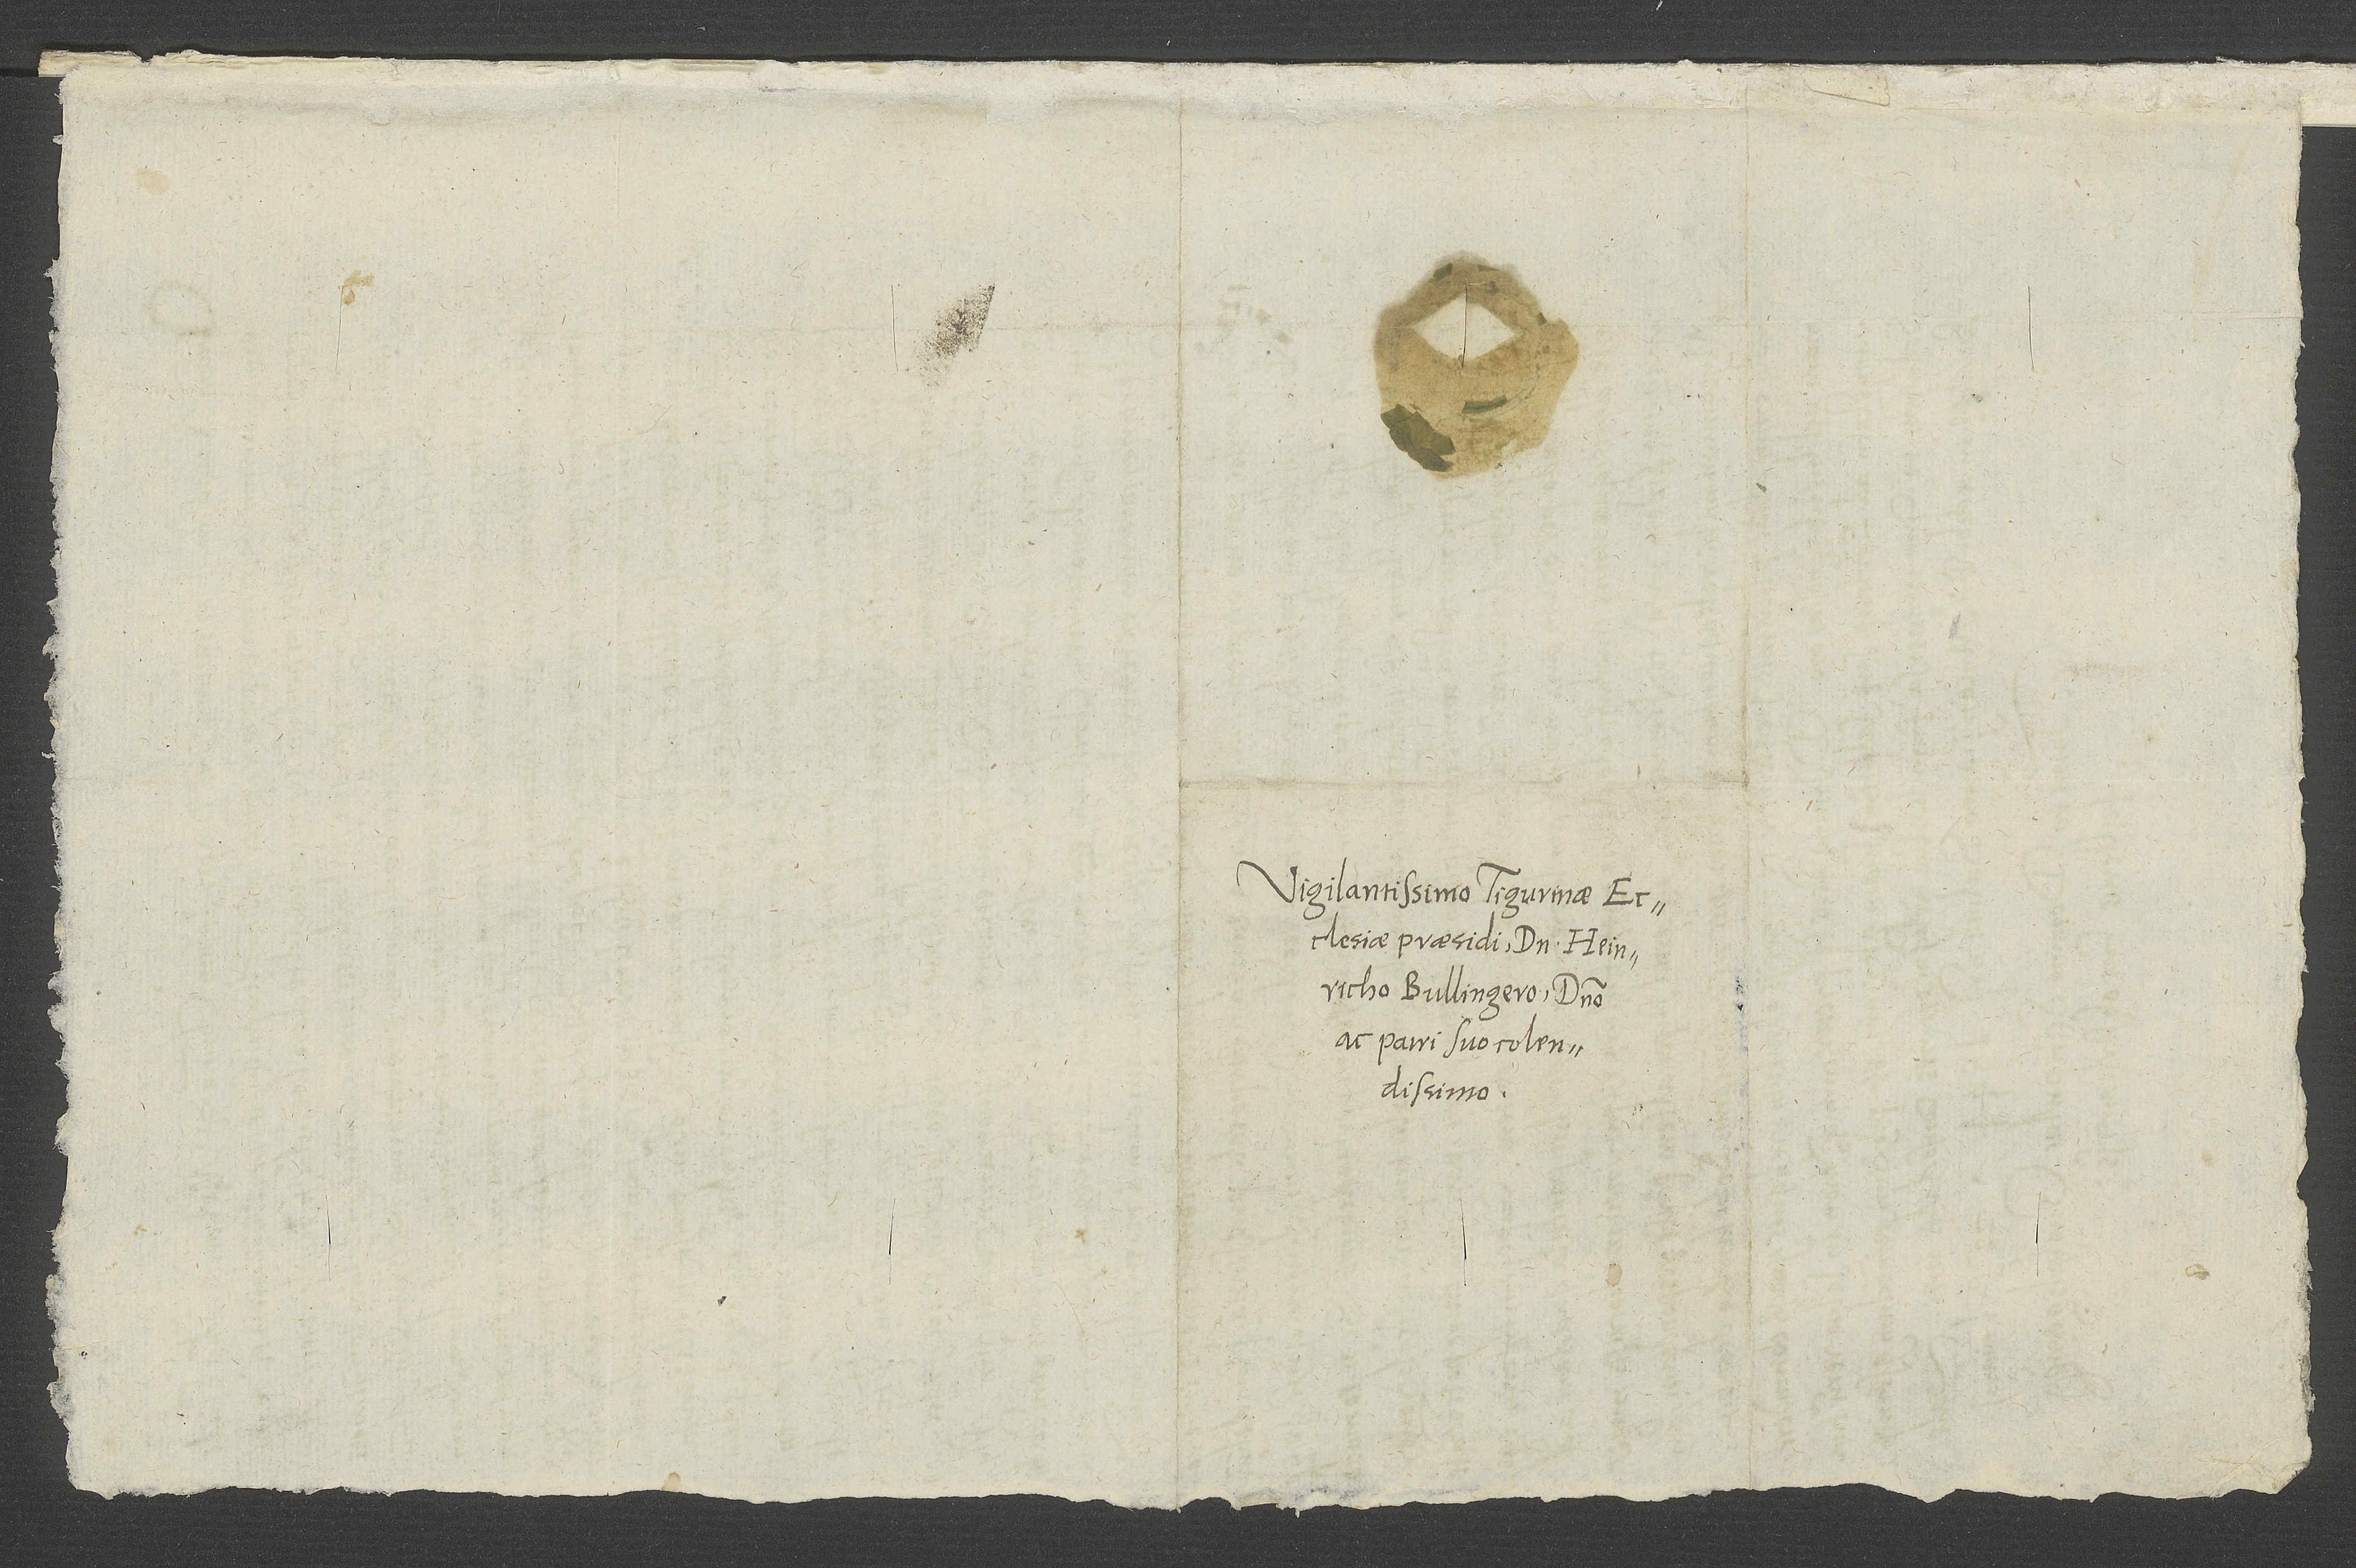
Vigilantissimo Tigurinae
ecclesiae praesidi domino Heinricho
Bullingero, domino
ac patri suo colendissimo.